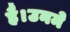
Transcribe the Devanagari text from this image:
है।उनमे